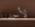
لأحدنا